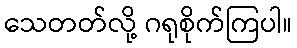
သေတတ်လို့ ဂရုစိုက်ကြပါ။